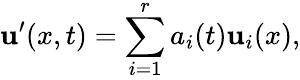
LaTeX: {\mathbf{u}}^{\prime}(x,t)=\sum_{i=1}^{r}a_{i}(t){\mathbf{u}}_{i}(x),